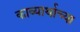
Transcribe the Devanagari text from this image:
काव्यार्थाच्या